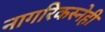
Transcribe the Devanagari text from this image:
नागरिकस्नेही